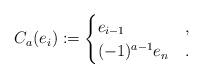
LaTeX: \begin{align*} C_a(e_i):= \begin{cases}e_{i-1} & ,\\(-1)^{a-1}e_n & .\end{cases} \end{align*}